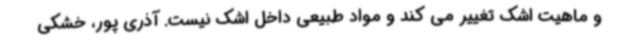
و ماهیت اشک تغییر می کند و مواد طبیعی داخل اشک نیست. آذری پور، خشکی